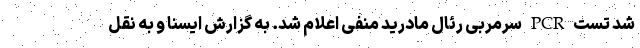
شد تست PCR سرمربی رئال مادرید منفی اعلام شد. به گزارش ایسنا و به نقل